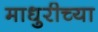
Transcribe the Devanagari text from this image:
माधुरीच्या